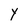
Character: Y